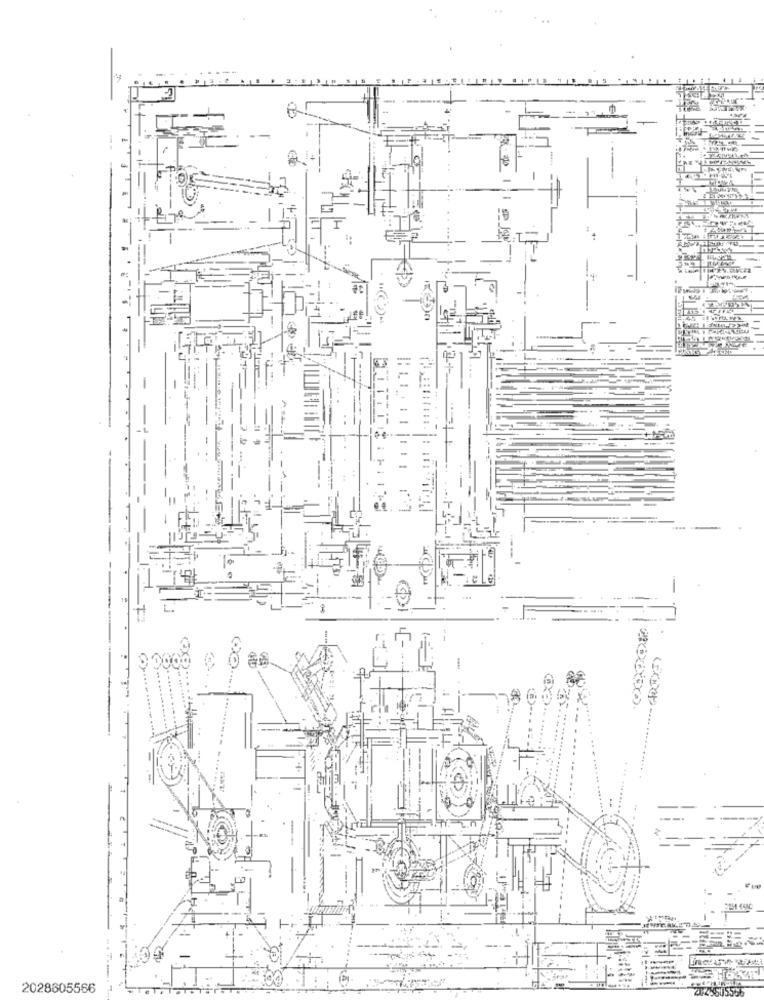
巾
leLe
. ..
-
2028605566